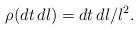
LaTeX: \begin{align*}\rho(dt \, dl)=dt\,dl/l^2.\end{align*}